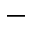
-